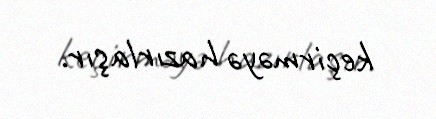
keçirməyə hazırlaşır.